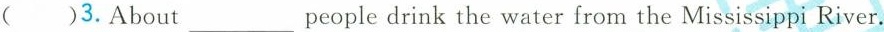
( )3.About people drink the water from the Mississippi River